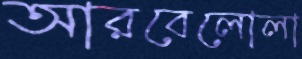
আরবেলোলা